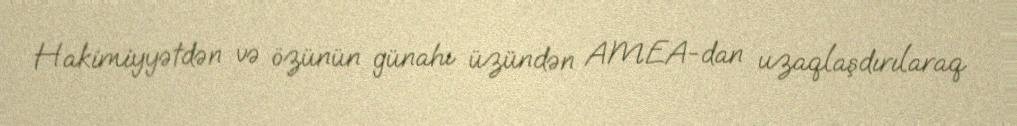
Hakimiyyətdən və özünün günahı üzündən AMEA-dan uzaqlaşdırılaraq